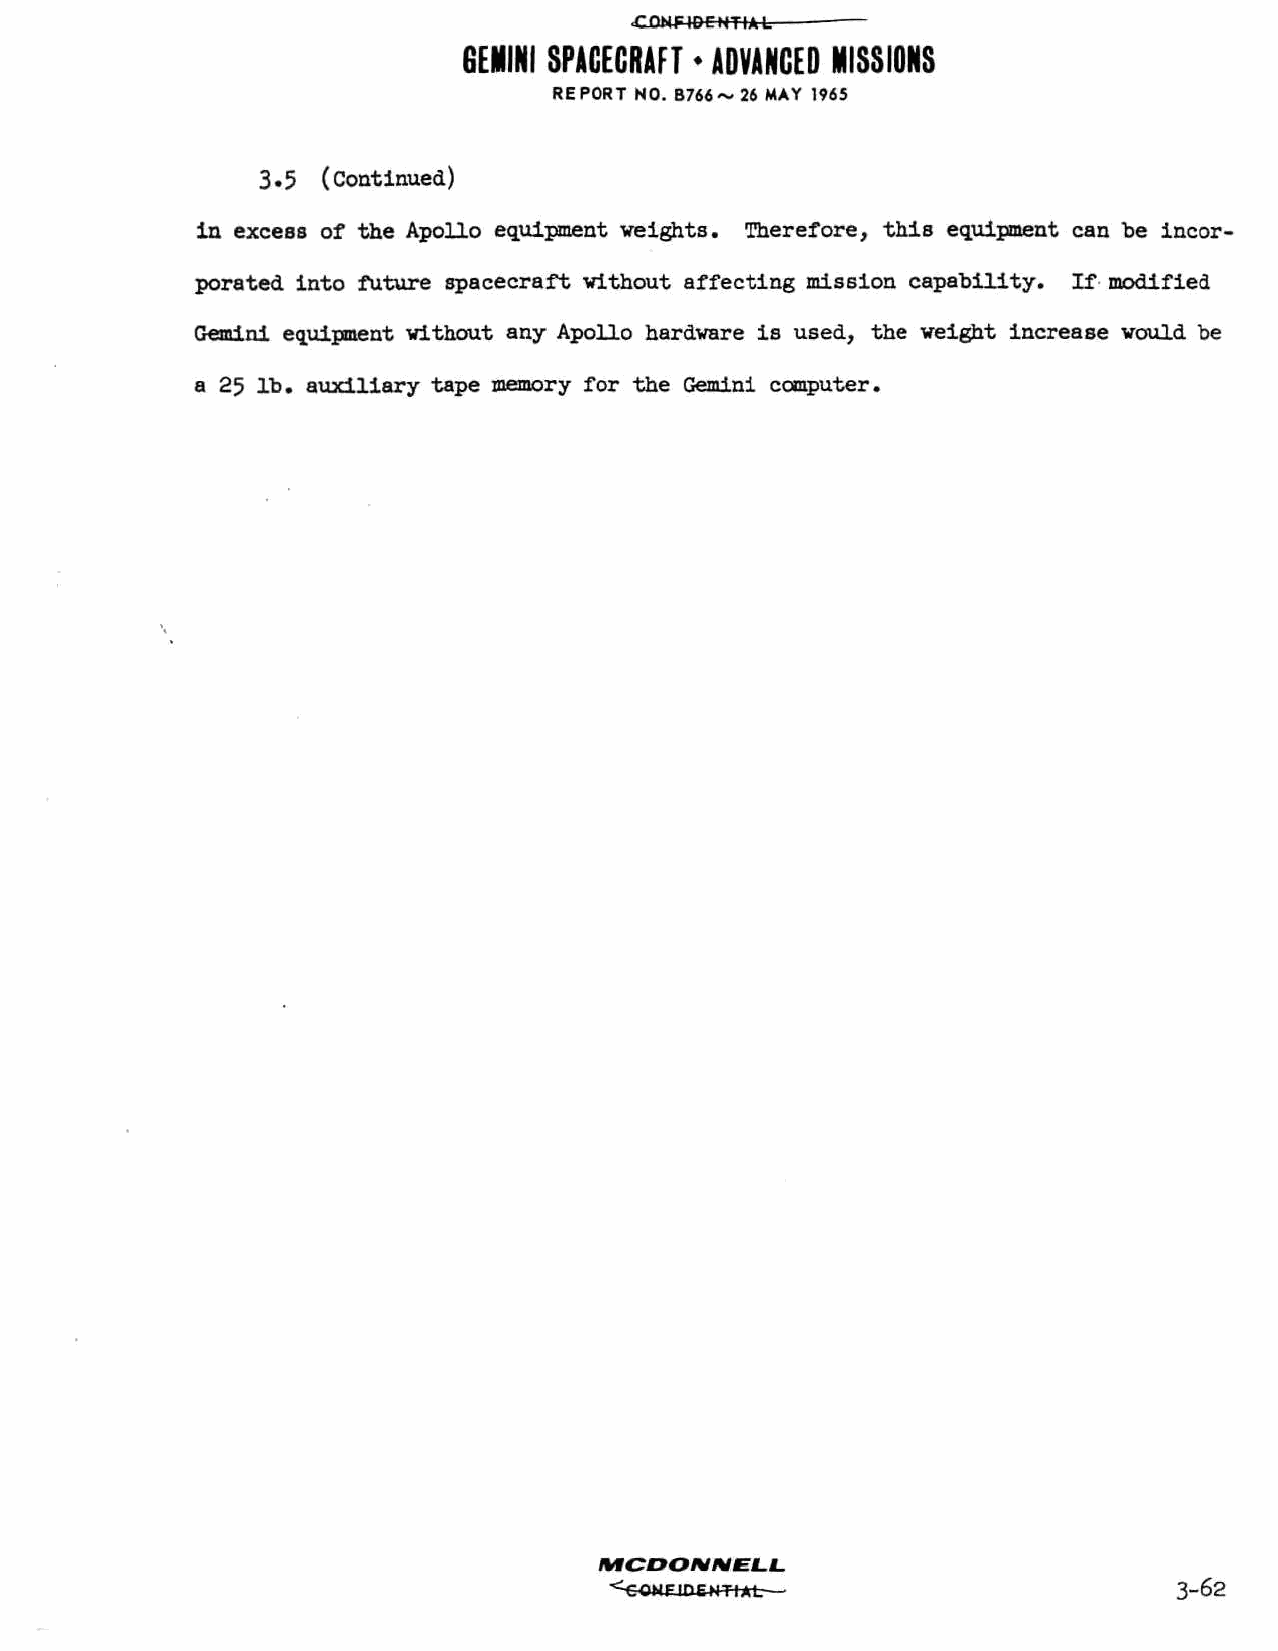
GEMINI SPACECRAFT * ADVANCED MISSIONS
 REPORT NO. B766~ 26 MAY 1965
 3.5 (Continued)
 in excess of the Apollo equipment weights. Therefore, this equipment can be incor
 porated into future spacecraft without affecting mission capability. If modified
 Gemini equipment without any Apollo hardware is used, the weight increase would be
 a 25 lb. auxiliary tape memory for the Gemini computer.
 MCDONNELL.